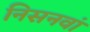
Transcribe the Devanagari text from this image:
निसनवां